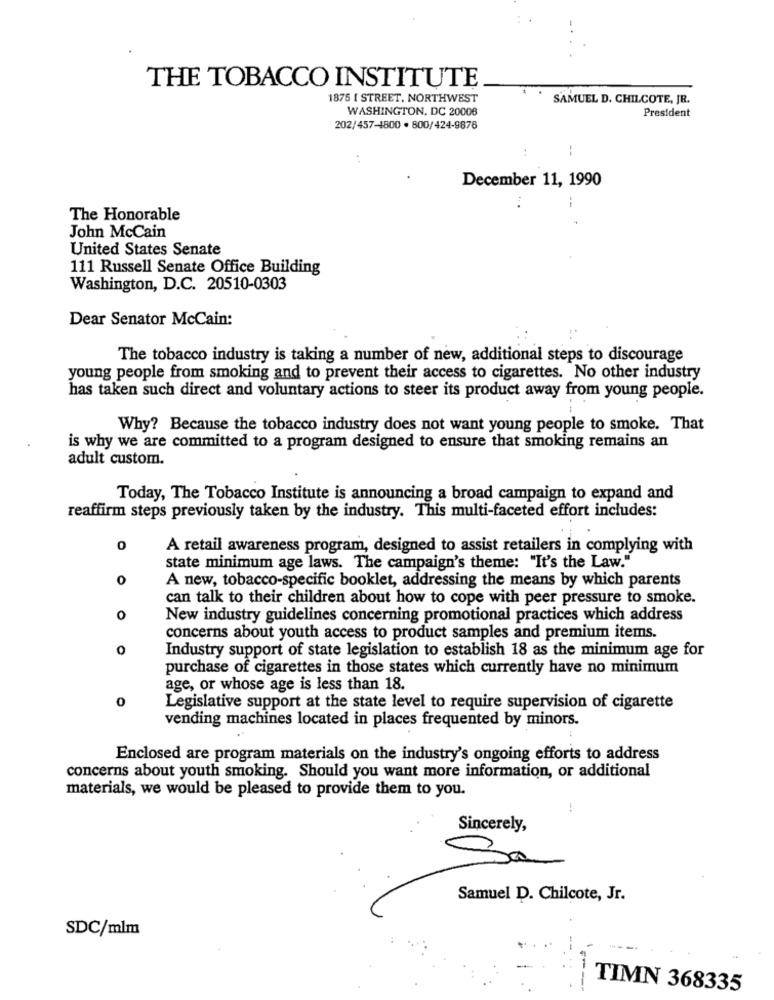
THE TOBACCO INSTITUTE
1875 [ STREET, NORTHWEST
SAMUEL D. CHILCOTE, JR.
WASHINGTON, DC 20006
President
202/457-1800 · 800/424-9878
December 11, 1990
--
The Honorable
John McCain
United States Senate
111 Russell Senate Office Building
Washington, D.C. 20510-0303
Dear Senator McCain:
The tobacco industry is taking a number of new, additional steps to discourage
young people from smoking and to prevent their access to cigarettes. No other industry
has taken such direct and voluntary actions to steer its product away from young people.
Why? Because the tobacco industry does not want young people to smoke. That
is why we are committed to a program designed to ensure that smoking remains an
adult custom.
Today, The Tobacco Institute is announcing a broad campaign to expand and
reaffirm steps previously taken by the industry. This multi-faceted effort includes:
0
A retail awareness program, designed to assist retailers in complying with
state minimum age laws. The campaign's theme: "It's the Law."
0
A new, tobacco-specific booklet, addressing the means by which parents
can talk to their children about how to cope with peer pressure to smoke.
o
New industry guidelines concerning promotional practices which address
concerns about youth access to product samples and premium items.
0
Industry support of state legislation to establish 18 as the minimum age for
purchase of cigarettes in those states which currently have no minimum
age, or whose age is less than 18.
0
Legislative support at the state level to require supervision of cigarette
vending machines located in places frequented by minors.
Enclosed are program materials on the industry's ongoing efforts to address
concerns about youth smoking. Should you want more information, or additional
materials, we would be pleased to provide them to you.
Sincerely,
Samuel D. Chilcote, Jr.
SDC/mlm
---
TIMN 368335